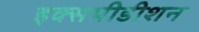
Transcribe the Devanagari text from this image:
इक्सपीडीशन